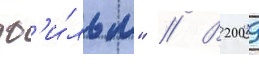
ф'и́льм" // В 2009